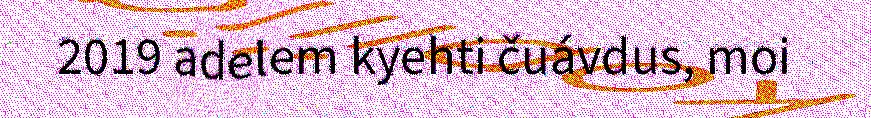
2019 adelem kyehti čuávdus, moi